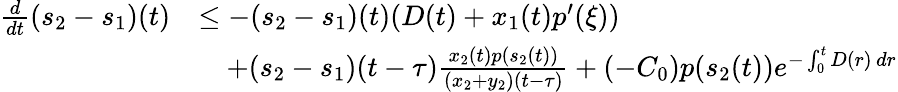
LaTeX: \begin{array}{rl}{\frac{d}{dt}(s_{2}-s_{1})(t)}&{\leq-(s_{2}-s_{1})(t)(D(t)+x_{1}(t)p^{\prime}(\xi))}\\ &{\quad+(s_{2}-s_{1})(t-\tau)\frac{x_{2}(t)p(s_{2}(t))}{(x_{2}+y_{2})(t-\tau)}+\left(-C_{0}\right)p(s_{2}(t))e^{-\int_{0}^{t}D(r)\, dr}}\end{array}